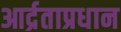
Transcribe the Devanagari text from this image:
आर्द्रताप्रधान